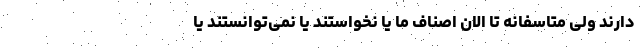
دارند ولی متاسفانه تا الان اصناف ما یا نخواستند یا نمی‌توانستند یا